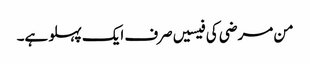
من مرضی کی فیسیں صرف ایک پہلو ہے۔